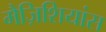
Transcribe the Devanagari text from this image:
मैज़िशियांस